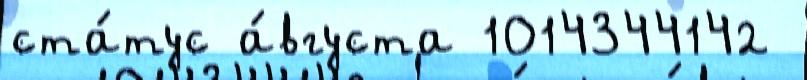
ста́тус а́вгуста 1014344142